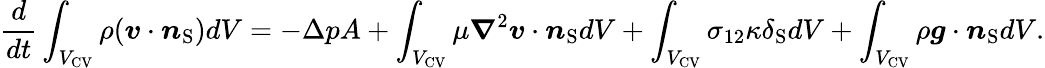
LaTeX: \frac{d}{dt}\int_{{V_{\mathrm{{CV}}}}}\rho(\boldsymbol{v}\cdot\boldsymbol{n}_{\mathrm{{S}}})dV=-\Delta pA+\int_{{V_{\mathrm{{CV}}}}}\mu\boldsymbol{\nabla}^{2}\boldsymbol{v}\cdot\boldsymbol{n}_{\mathrm{{S}}}dV+\int_{{V_{\mathrm{{CV}}}}}\sigma_{12}\kappa\delta_{\mathrm{{S}}}dV+\int_{{V_{\mathrm{{CV}}}}}\rho\boldsymbol{g}\cdot\boldsymbol{n}_{\mathrm{{S}}}dV.